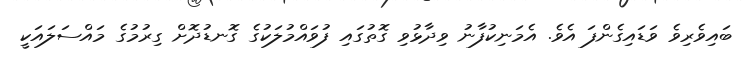
ބައިވެރިވެ ވަޑައިގެންފަ އެވެ. އެމަނިކުފާނު ވިދާޅުވި ގޮތުގައި ފުވައްމުލަކުގެ ގޮނޑުދޮށް ގިރުމުގެ މައްސަލައަކީ